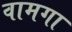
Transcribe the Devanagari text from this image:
वामगा